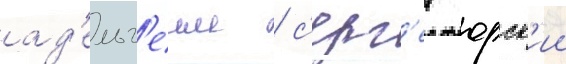
ад'ельг'еим / с'ерг'еи юрск'ии